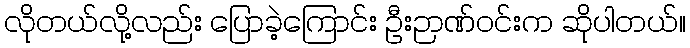
လိုတယ်လို့လည်း ပြောခဲ့ကြောင်း ဦးဉာဏ်ဝင်းက ဆိုပါတယ်။